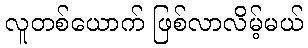
လူတစ်ယောက် ဖြစ်လာလိမ့်မယ်